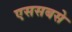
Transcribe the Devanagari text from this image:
एससबसे